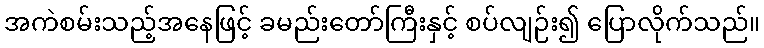
အကဲစမ်းသည့်အနေဖြင့် ခမည်းတော်ကြီးနှင့် စပ်လျဉ်း၍ ပြောလိုက်သည်။